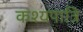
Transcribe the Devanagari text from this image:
कश्यपात्रि